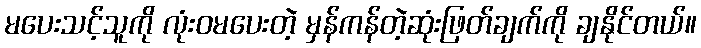
မပေးသင့်သူကို လုံးဝမပေးတဲ့ မှန်ကန်တဲ့ဆုံးဖြတ်ချက်ကို ချနိုင်တယ်။